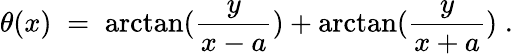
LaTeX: \theta(x)\; =\; \arctan(\frac{y}{x-a})+\arctan(\frac{y}{x+a})\; .